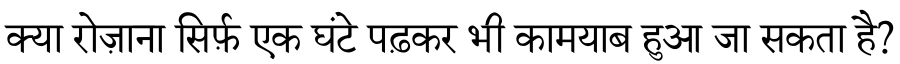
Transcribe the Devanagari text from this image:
क्या रोज़ाना सिर्फ़ एक घंटे पढ़कर भी कामयाब हुआ जा सकता है?